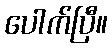
ပေါက်ပြီ။